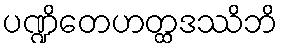
ပဏ္ဍိတေဟတ္ထဒဿိဘိ